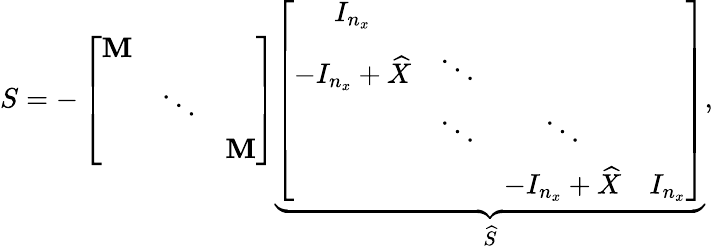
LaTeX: S=-\left[\begin{array}{cccc}{\mathbf{M}}\\ &{\ddots}\\ &&{\mathbf{M}}\end{array}\right]\underbrace{\left[\begin{array}{cccc}{I_{n_{x}}}\\ {-I_{n_{x}}+\widehat{X}}&{\ddots}\\ &{\ddots}&{\ddots}\\ &&{-I_{n_{x}}+\widehat{X}}&{I_{n_{x}}}\end{array}\right]}_{\widehat{S}},